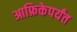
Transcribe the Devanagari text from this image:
आफ्रिकेपर्यंत